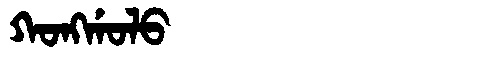
Manchu: ᡴᠣᠩᡤᠣᠯᠣ
Romanization: KONGGOLO